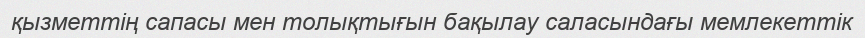
қызметтің сапасы мен толықтығын бақылау саласындағы мемлекеттік